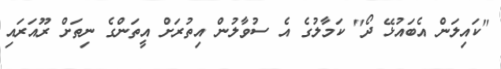
"ކައިލަން އެބައުޅޭ ދޯ" ކަމާލުގެ އެ ސުވާލުން އިތުރަށް އީތަންގެ ނިތަށް ރޫއަރައި